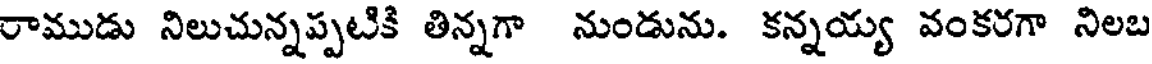
రాముడు నిలుచున్నప్పటికి తిన్నగా నుండును. కన్నయ్య వంకరగా నిలబ